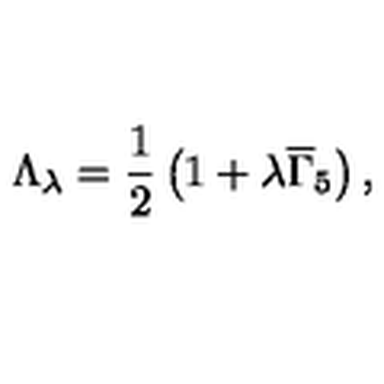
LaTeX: \Lambda _ { \lambda } = \frac 1 2 \left( 1 + \lambda \overline { { \Gamma } } _ { 5 } \right) ,